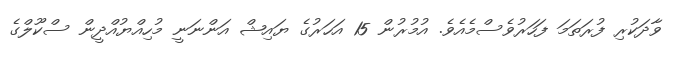
ވާދަކުރި ފުރަތަމަ ފަހަރުވެސްމެއެވެ. އުމުރުން 15 އަހަރުގެ ޔައިޝް އަންނަނީ މުހިއްޔުއްދީން ސްކޫލްގެ